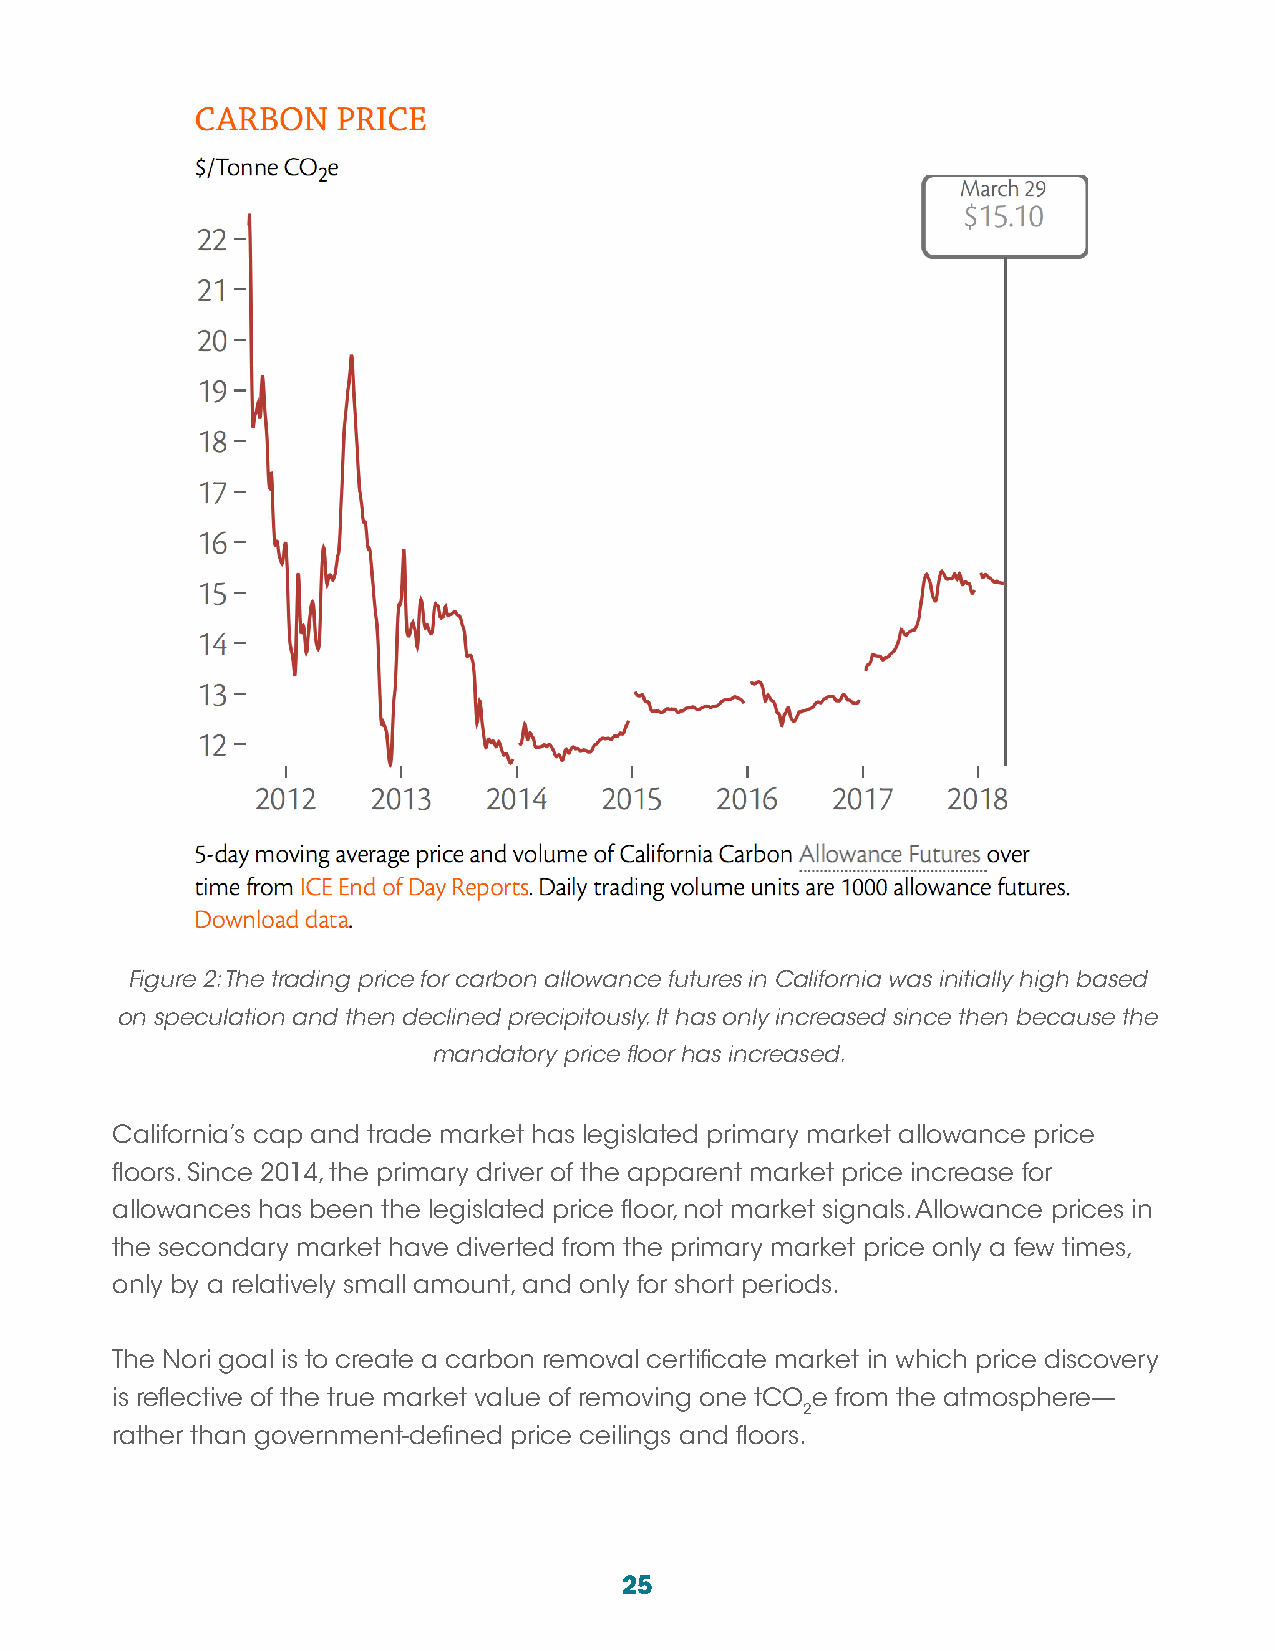
Figure 2: The trading price for carbon allowance futures in California was initially high based
 on speculation and then declined precipitously. It has only increased since then because the
 mandatory price floor has increased.
 California’s cap and trade market has legislated primary market allowance price
 floors. Since 2014, the primary driver of the apparent market price increase for
 allowances has been the legislated price floor, not market signals. Allowance prices in
 the secondary market have diverted from the primary market price only a few times,
 only by a relatively small amount, and only for short periods.
 The Nori goal is to create a carbon removal certificate market in which price discovery
 is reflective of the true market value of removing one tCO e from the atmosphere—
 2
 rather than government-defined price ceilings and floors.
 25